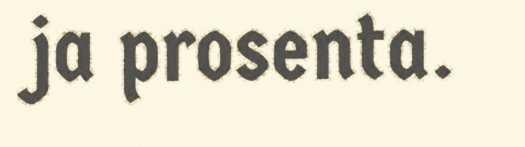
ja prosenta.